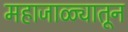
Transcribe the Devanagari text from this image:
महाजाळ्यातून